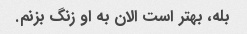
بله، بهتر است الان به او زنگ بزنم.